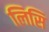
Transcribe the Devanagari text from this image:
लिसि